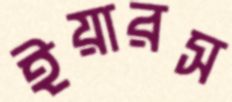
ইয়ারস